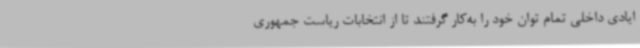
ایادی داخلی تمام توان خود را به‌کار گرفتند تا از انتخابات ریاست جمهوری